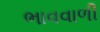
ભાવવાળી